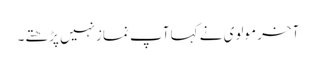
آخر مولوی نے کہا آپ نمازنہیں پڑھتے۔